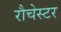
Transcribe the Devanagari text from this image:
रौचेस्टर